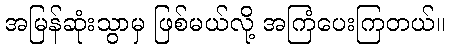
အမြန်ဆုံးသွာမှ ဖြစ်မယ်လို့ အကြံပေးကြတယ်။